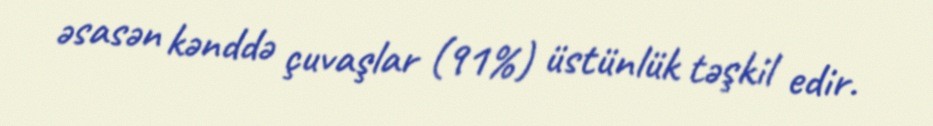
əsasən kənddə çuvaşlar (91%) üstünlük təşkil edir.